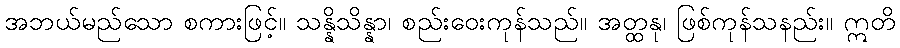
အဘယ်မည်သော စကားဖြင့်။ သန္နိသိန္နာ၊ စည်းဝေးကုန်သည်။ အတ္ထနု၊ ဖြစ်ကုန်သနည်း။ ဣတိ